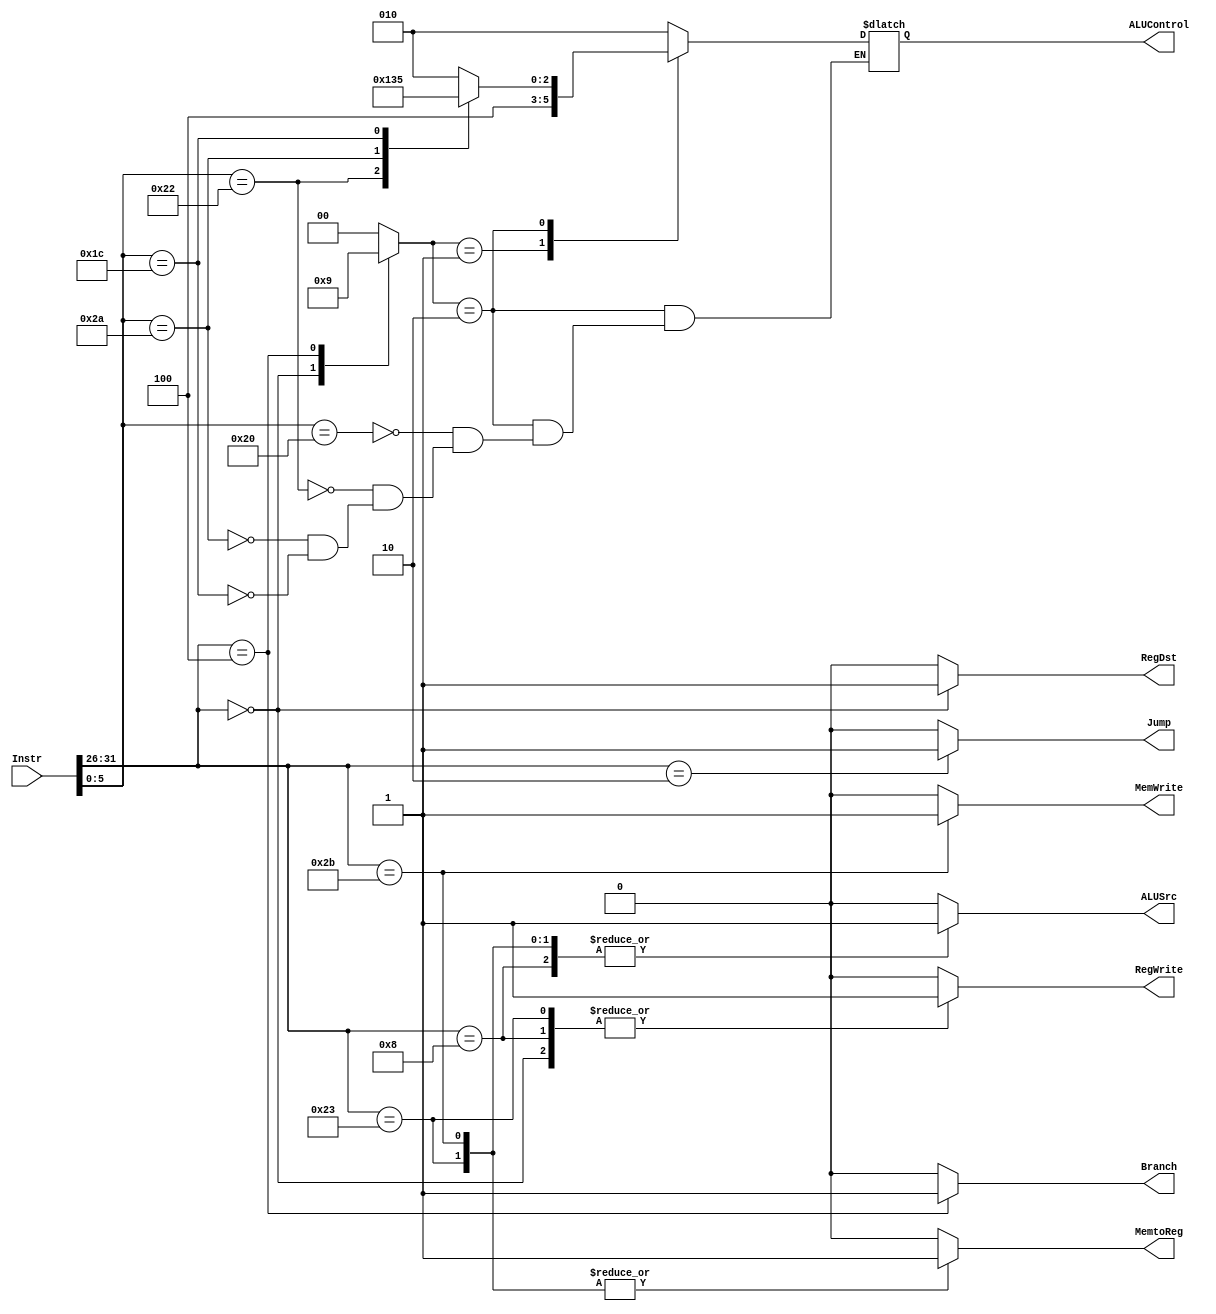
module control_unit
#( parameter WIDTH = 32, 
   loadWord = 6'b10_0011,
   storeWord = 6'b10_1011,
   rType = 6'b00_0000,
   addImmediate = 6'b00_1000,
   branchIfEqual = 6'b00_0100,
   jump_inst = 6'b00_0010


)
 
 
( input wire [WIDTH-1:0]Instr,
  output wire MemtoReg,
  output wire Branch,
  output wire ALUSrc,
  output wire RegDst,
  output wire RegWrite,
  output wire Jump,
  output wire [2:0]ALUControl,
  output wire MemWrite
);
       wire [5:0]Opcode;
       wire [5:0]Funct;
assign Opcode = Instr[31:26];
assign Funct =  Instr[5:0];


   reg MemtoReg_temp;
   reg Branch_temp; 
   reg ALUSrc_temp;
   reg RegDst_temp;
   reg RegWrite_temp;
   reg Jump_temp; 
   reg [1:0]ALUOp_temp;
   reg [2:0]ALUControl_temp;
   reg MemWrite_temp;

always @(*) begin
    
case(Opcode)

loadWord:
        begin 
        Jump_temp = 0 ;
        ALUOp_temp = 2'b00;
        MemWrite_temp = 1'b0;
        RegWrite_temp = 1'b1;
        RegDst_temp  = 1'b0;
        ALUSrc_temp = 1'b1;
        MemtoReg_temp = 1'b1;
        Branch_temp = 1'b0;


        end 

storeWord:
        begin 
        Jump_temp = 0 ;
        ALUOp_temp = 2'b00;
        MemWrite_temp = 1'b1;
        RegWrite_temp = 1'b0;
        RegDst_temp  = 1'b0;
        ALUSrc_temp = 1'b1;
        MemtoReg_temp = 1'b1;
        Branch_temp = 1'b0;



        end 
rType: 
       begin 
        Jump_temp = 0 ;
        ALUOp_temp = 2'b10;
        MemWrite_temp = 1'b0;
        RegWrite_temp = 1'b1;
        RegDst_temp  = 1'b1;
        ALUSrc_temp = 1'b0;
        MemtoReg_temp = 1'b0;
        Branch_temp = 1'b0;
      

       end 


addImmediate:
        begin 
        Jump_temp = 0 ;
        ALUOp_temp = 2'b00;
        MemWrite_temp = 1'b0;
        RegWrite_temp = 1'b1;
        RegDst_temp  = 1'b0;
        ALUSrc_temp = 1'b1;
        MemtoReg_temp = 1'b0;
        Branch_temp = 1'b0;

        end 

branchIfEqual:
        begin 
            Jump_temp = 0 ;
        ALUOp_temp = 2'b01;
        MemWrite_temp = 1'b0;
        RegWrite_temp = 1'b0;
        RegDst_temp  = 1'b0;
        ALUSrc_temp = 1'b0;
        MemtoReg_temp = 1'b0;
        Branch_temp = 1'b1;
        end 

jump_inst: 
        begin 
         Jump_temp = 1 ;
        ALUOp_temp = 2'b00;
        MemWrite_temp = 1'b0;
        RegWrite_temp = 1'b0;
        RegDst_temp  = 1'b0;
        ALUSrc_temp = 1'b0;
        MemtoReg_temp = 1'b0;
        Branch_temp = 1'b0;


        end 
  default:
       begin 
        Jump_temp = 0 ;
        ALUOp_temp = 2'b00;
        MemWrite_temp = 1'b0;
        RegWrite_temp = 1'b0;
        RegDst_temp  = 1'b0;
        ALUSrc_temp = 1'b0;
        MemtoReg_temp = 1'b0;
        Branch_temp = 1'b0;

       end 


endcase 

end
      wire [1:0]ALUOp;
      assign      Jump    = Jump_temp ;
      assign     ALUOp  = ALUOp_temp ;
      assign    MemWrite = MemWrite_temp;
      assign     RegWrite   = RegWrite_temp ;
      assign    RegDst   = RegDst_temp ;
      assign    ALUSrc   = ALUSrc_temp ;
      assign    MemtoReg  = MemtoReg_temp  ;
      assign    Branch  = Branch_temp ;

always @(*) begin
    
   case(ALUOp)

   2'b00:
    begin
     ALUControl_temp = 3'b010;

    end 
   2'b01:
   begin 
    ALUControl_temp =  3'b100;

   end 

   2'b10:
   begin
    case(Funct)
     6'b100000: // add case 
        begin
          
    ALUControl_temp = 3'b010;

        end 

     6'b100010: // sub case 
        begin  
     ALUControl_temp = 3'b100;

        end 

     6'b101010: // slt case 
        begin 
        ALUControl_temp = 3'b110;
        end 
     6'b011100: // mul case
       begin 
        ALUControl_temp = 3'b101;

       end 



    endcase   
 



   end 

   default:

   begin

    ALUControl_temp =  3'b010;
   end 

   endcase  

end

assign ALUControl = ALUControl_temp;








endmodule